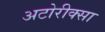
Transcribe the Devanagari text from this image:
अटोरीक्सा